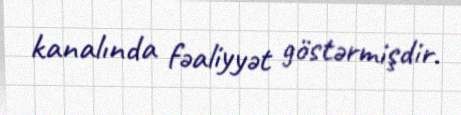
kanalında fəaliyyət göstərmişdir.